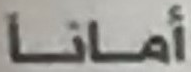
أمانا